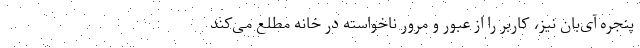
پنجره آی‌بان نیز، کاربر را از عبور و مرور ناخواسته در خانه مطلع می‌کند